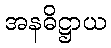
အနဓိဋ္ဌာယ